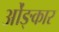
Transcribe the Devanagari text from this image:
ओंङ्कार